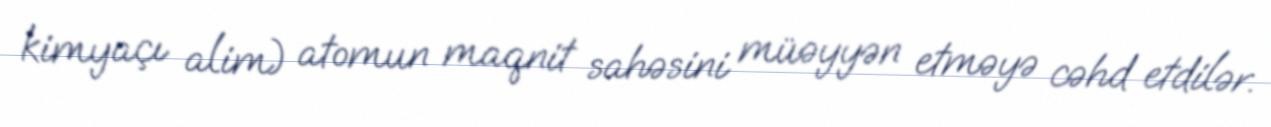
kimyaçı alim) atomun maqnit sahəsini müəyyən etməyə cəhd etdilər.